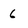
Character: 6